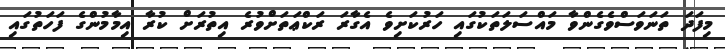
މިފަދަ ތަނަވަސްވެގެންވާ މައްސަލަތަކުގައި ހަރުކަށިވެ އެގާރަ ރަކްޢަތަށްވުރެ އިތުރަށް ކުރާ އިމާމުންގެ ފަހަތުގައި